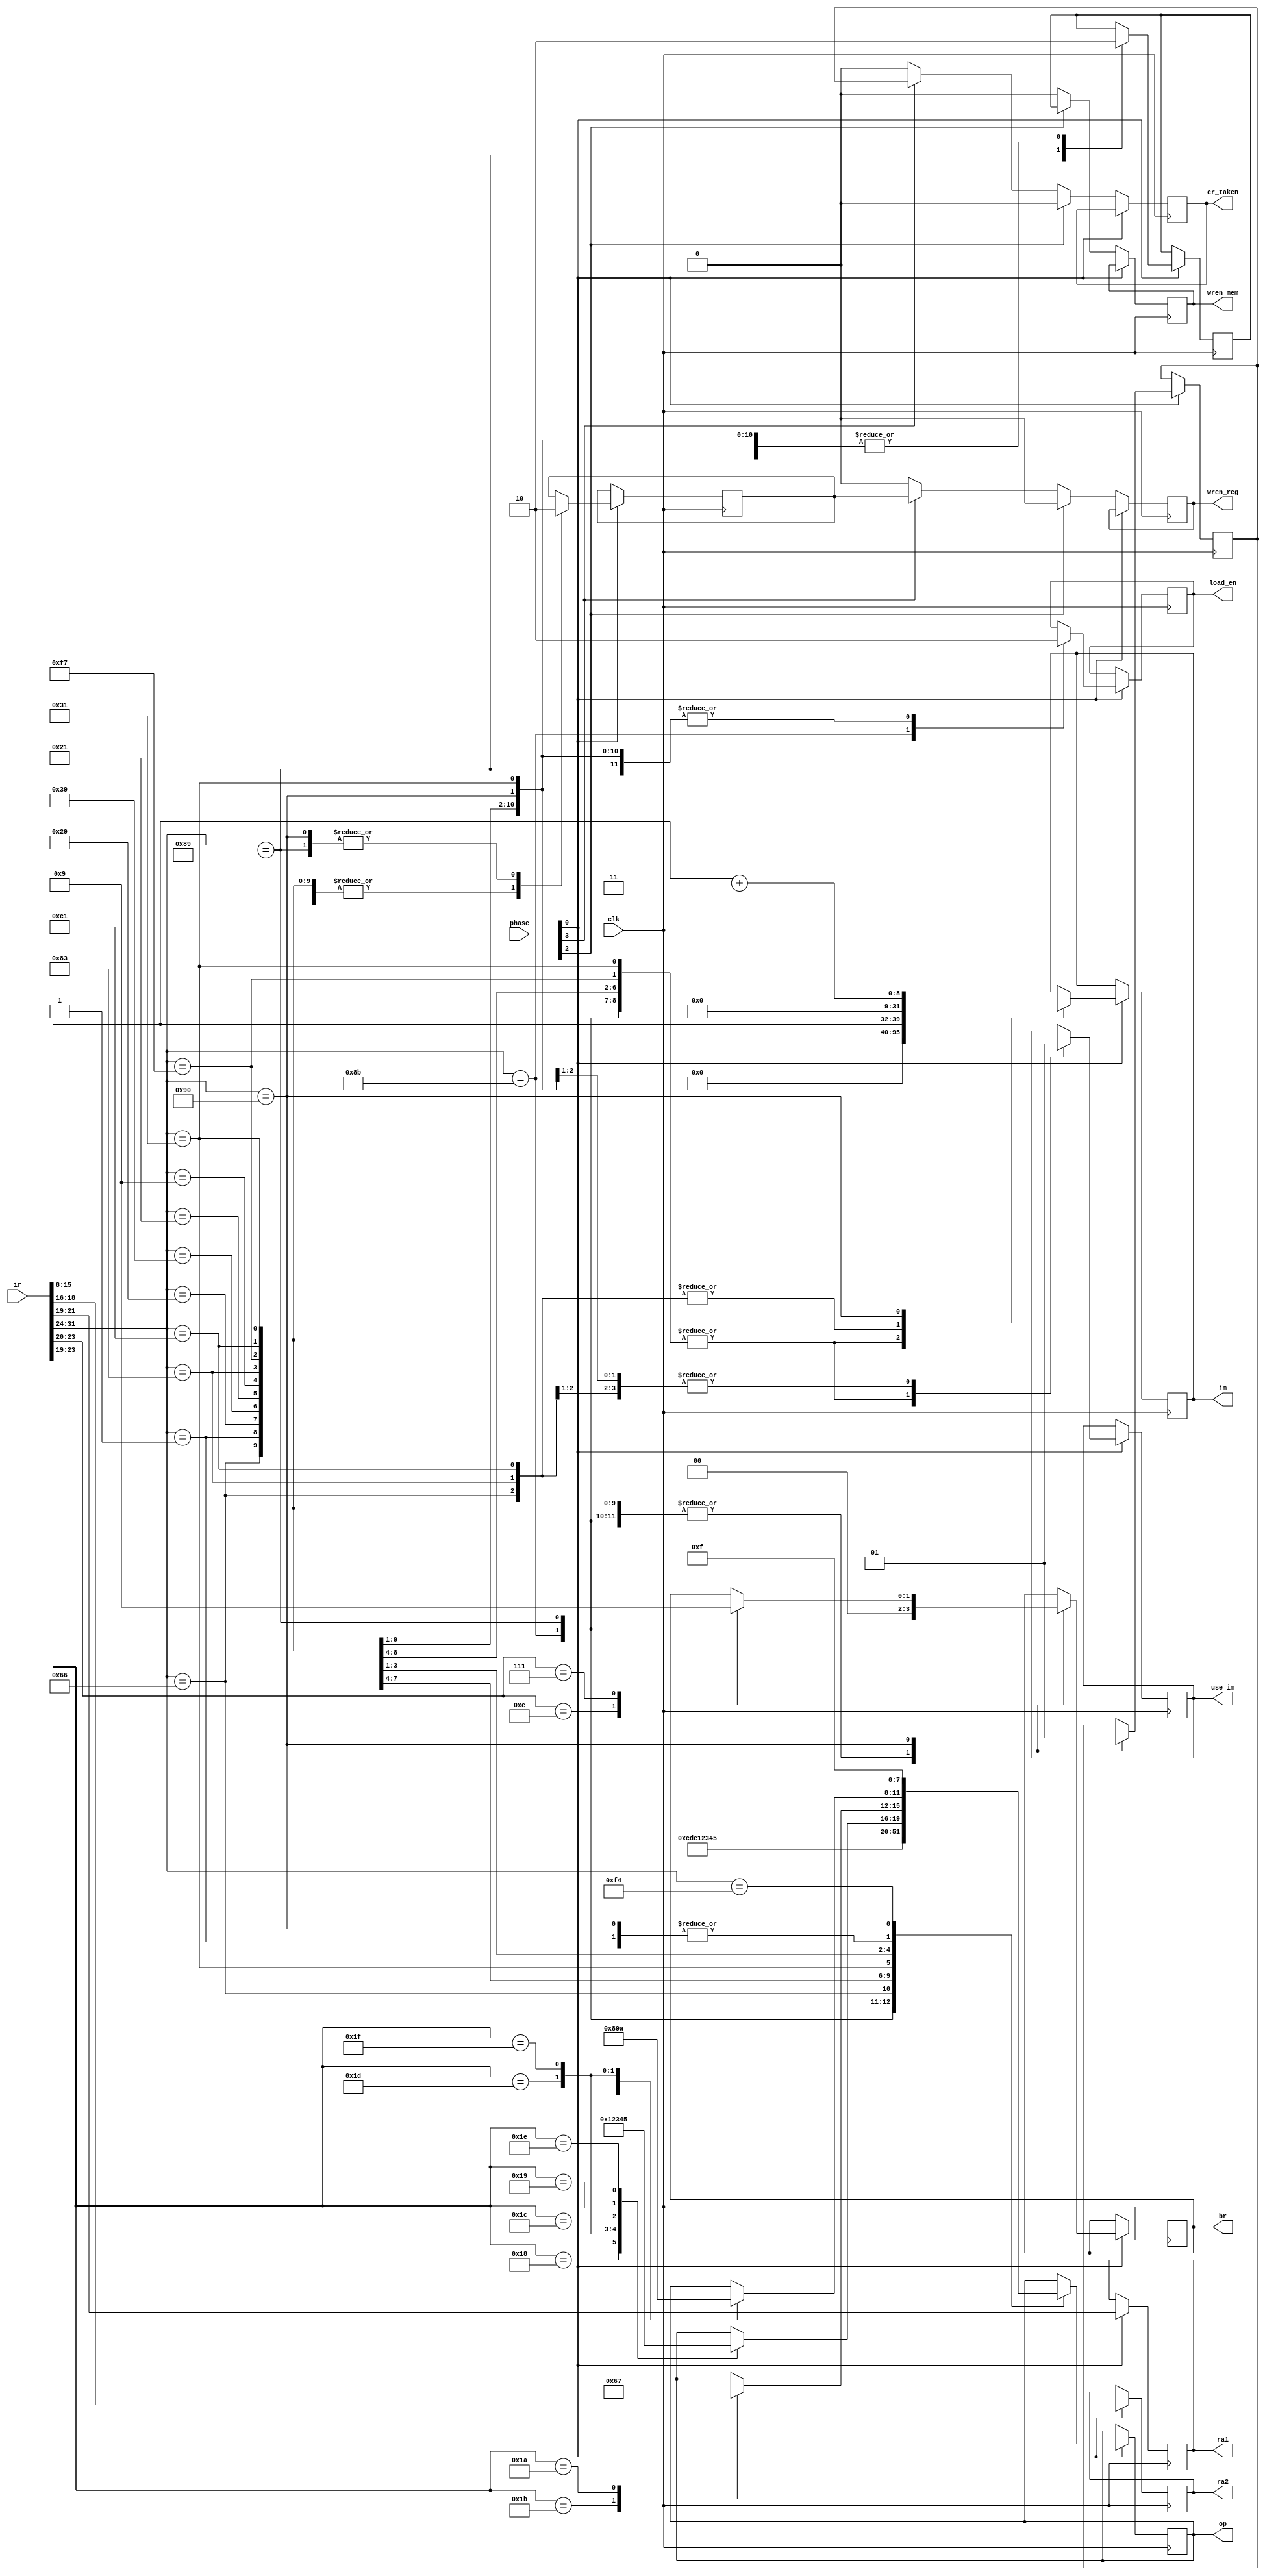
`define f 0
`define r 1
`define x 2
`define m 3
`define w 4

`define ADD 4'b0000
`define SUB 4'b0001
`define CMP 4'b0010
`define AND 4'b0011
`define OR 4'b0100
`define XOR 4'b0101
`define NEG 4'b0110
`define NOT 4'b0111
`define SLL 4'b1000
`define SRL 4'b1001
`define SRA 4'b1010
`define MOV 4'b1011
`define LD 4'b1100
`define ST 4'b1101
`define LIL 4'b1110
`define HLT 4'b1111

`define B 2'b10
`define BCC 2'b01

module decoder(ir, phase, clk, op, im, use_im, br, ra1, ra2, load_en, wren_mem, wren_reg, cr_taken);
   input [31:0] ir;
   input        clk;
   input [`w:0] phase;

   output [3:0] op;
   output [31:0] im;
   output        use_im;        // use im instead of sr for alu
   output [1:0]  br;
   output [2:0]  ra1, ra2;
   output        load_en;
   output        wren_mem;
   output        wren_reg;
   output        cr_taken;

   reg [3:0]     op;
   reg [31:0]    im;
   reg           use_im;
   reg [1:0]     br;
   reg           load_en;
   reg           wren_mem;
   reg           wren_reg;
   reg           cr_taken;
   reg [2:0]    ra1, ra2;

   reg           _wren_mem, _wren_reg, _cr_taken;

   // assign ra1 = ir[21:19];
   // assign ra2 = ir[18:16];

   always @(posedge clk) begin
      if(phase[`f])
        begin
           ra1 <= ir[21:19];
           ra2 <= ir[18:16];
           case(ir[31:24])
             8'b1000_1011:          // zLD
               begin
                  op <= `LD;
                  im <= 0;
                  use_im <= 0;
                  br <= 2'b00;
                  load_en <= 1;
                  _wren_mem <= 0;
                  _wren_reg <= 1;
                  _cr_taken <= 0;
               end
             8'b1000_1001:          // zST
               begin
                  op <= `ST;
                  im <= 0;
                  use_im <= 0;
                  br <= 2'b00;
                  load_en <= 0;
                  _wren_mem <= 1;
                  _wren_reg <= 0;
                  _cr_taken <= 0;
               end
             8'b0110_0110:          // zLIL
               begin
                  op <= `LIL;
                  im <= ir[15:8];
                  use_im <= 1;
                  br <= 2'b00;
                  load_en <= 0;
                  _wren_mem <= 0;
                  _wren_reg <= 1;
                  _cr_taken <= 0;
               end
             8'b1000_1001:          // zMOV rg2 <- rg1, dr <- sr
               begin
                  op <= `MOV;
                  im <= 0;
                  use_im <= 0;
                  br <= 2'b00;
                  load_en <= 0;
                  _wren_mem <= 0;
                  _wren_reg <= 1;
                  _cr_taken <= 0;
               end
             8'b0000_0001:          // zADD
               begin
                  op <= `ADD;
                  im <= 0;
                  use_im <= 0;
                  br <= 2'b00;
                  load_en <= 0;
                  _wren_mem <= 0;
                  _wren_reg <= 1;
                  _cr_taken <= 0;
               end
             8'b0010_1001:          // zSUB
               begin
                  op <= `SUB;
                  im <= 0;
                  use_im <= 0;
                  br <= 2'b00;
                  load_en <= 0;
                  _wren_mem <= 0;
                  _wren_reg <= 1;
                  _cr_taken <= 0;
               end
             8'b0011_1001:          // zCMP
               begin
                  op <= `CMP;
                  im <= 0;
                  use_im <= 0;
                  br <= 2'b00;
                  load_en <= 0;
                  _wren_mem <= 0;
                  _wren_reg <= 1;
                  _cr_taken <= 0;
               end
             8'b0010_0001:          // zAND
               begin
                  op <= `AND;
                  im <= 0;
                  use_im <= 0;
                  br <= 2'b00;
                  load_en <= 0;
                  _wren_mem <= 0;
                  _wren_reg <= 1;
                  _cr_taken <= 0;
               end
             8'b0000_1001:          // zOR
               begin
                  op <= `OR;
                  im <= 0;
                  use_im <= 0;
                  br <= 2'b00;
                  load_en <= 0;
                  _wren_mem <= 0;
                  _wren_reg <= 1;
                  _cr_taken <= 0;
               end
             8'b0011_0001:          // zXOR
               begin
                  op <= `XOR;
                  im <= 0;
                  use_im <= 0;
                  br <= 2'b00;
                  load_en <= 0;
                  _wren_mem <= 0;
                  _wren_reg <= 1;
                  _cr_taken <= 0;
               end
             8'b1000_0011:          // immediate
               begin
                  im <= ir[15:8];
                  use_im <= 1;
                  br <= 2'b00;
                  load_en <= 0;
                  _wren_mem <= 0;
                  _wren_reg <= 1;
                  _cr_taken <= 0;
                  case (ir[23:19])
                    8'b11_000: op <= `ADD;
                    8'b11_101: op <= `SUB;
                    8'b11_111: op <= `CMP;
                    8'b11_100: op <= `AND;
                    8'b11_001: op <= `OR;
                    8'b11_110: op <= `XOR;
                  endcase // case (ir[23:19])
               end
             8'b1111_0111:          // zNEG or zNOT
               begin
                  im <= 0;
                  use_im <= 0;
                  br <= 2'b00;
                  load_en <= 0;
                  _wren_mem <= 0;
                  _wren_reg <= 1;
                  _cr_taken <= 0;
                  case (ir[23:19])
                    8'b11_011: op <= `NEG;
                    8'b11_010: op <= `NOT;
                  endcase // case (ir[23:19])
               end
             8'b1100_0001:          // shift
               begin
                  im <= ir[15:8];
                  use_im <= 1;
                  br <= 2'b00;
                  load_en <= 0;
                  _wren_mem <= 0;
                  _wren_reg <= 1;
                  _cr_taken <= 0;
                  case (ir[23:19])
                    8'b11_100: op <= `SLL;
                    8'b11_101: op <= `SRL;
                    8'b11_111: op <= `SRA;
                  endcase // case (ir[23:19])
               end
             8'b1001_0000:          // jmp
               begin
                  op <= `ADD;
                  im <= ir[15:8] + 3;
                  use_im <= 1;
                  load_en <= 0;
                  _wren_mem <= 0;
                  _wren_reg <= 0;
                  _cr_taken <= 1;
                  case (ir[23:20])
                    4'b1110: br <= `B;
                    4'b0111: br <= `BCC;
                  endcase
               end
             8'b1111_0100:          // zHLT
               op <= `HLT;
           endcase // case (ir[31:24] )
        end // if (phase[`r])
      else if(phase[`x]) begin
         wren_mem <= _wren_mem;
         wren_reg <= 0;
         cr_taken <= 0;
      end
      else if(phase[`m]) begin
         wren_mem <= 0;
         wren_reg <= _wren_reg;
         cr_taken <= _cr_taken;
      end else begin
         wren_mem <= 0;
         wren_reg <= 0;
         cr_taken <= 0;
      end
   end // always @ (posedge clk)

endmodule // decoder